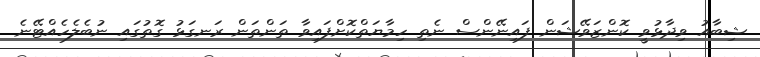
ޝިބާއު ވިދާޅުވީ ކޮންޒަވޭޝަން ފައިނޭންސް ނެތި ހިމާޔަތްކޮށްފައިވާ ތަންތަން ރަނގަޅު ގޮތުގައި ނުބެލެހެއްޓޭނެ